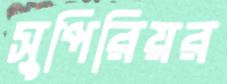
সুপিরিয়র